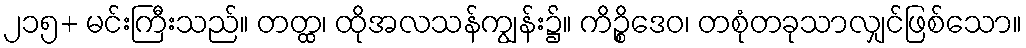
၂၁၅+ မင်းကြီးသည်။ တတ္ထ၊ ထိုအလသန်ကျွန်း၌။ ကိဉ္စိဒေဝ၊ တစုံတခုသာလျှင်ဖြစ်သော။